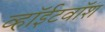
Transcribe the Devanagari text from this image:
व्हॉईटवॉश